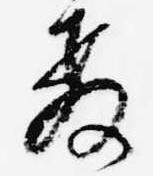
教